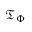
{ \mathfrak { T } } _ { \Phi }